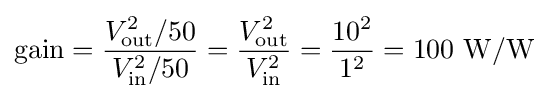
{\text{gain}}={\frac {V_{\text{out}}^{2}/50}{V_{\text{in}}^{2}/50}}={\frac {V_{\text{out}}^{2}}{V_{\text{in}}^{2}}}={\frac {10^{2}}{1^{2}}}=100~{\text{W/W}}